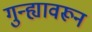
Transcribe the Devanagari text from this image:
गुन्ह्यावरून